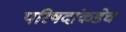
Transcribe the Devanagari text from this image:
परिषदांकडेच